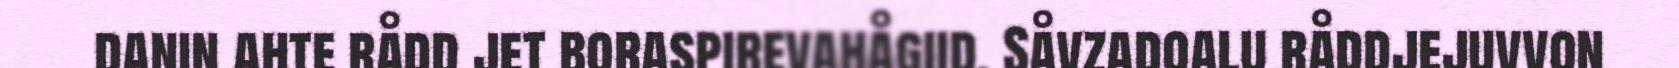
danin ahte rådd jet boraspirevahågiid. Såvzadoalu råddjejuvvon